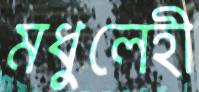
মধুলেহী